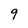
Character: 9